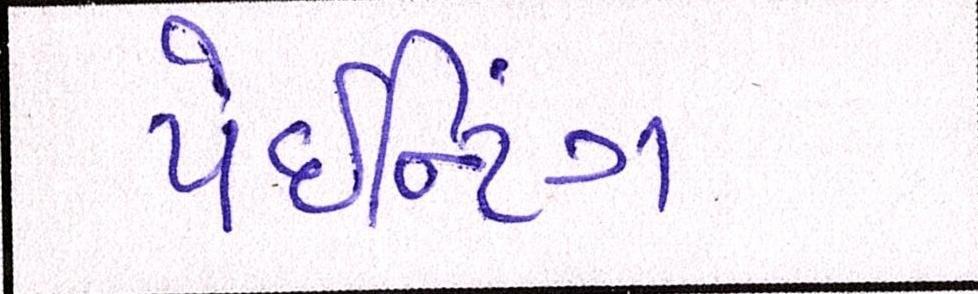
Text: પેઈન્ટિંગ